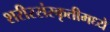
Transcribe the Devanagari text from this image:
शरीरसंस्कृतीमध्ये